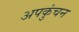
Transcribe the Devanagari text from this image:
अपकुंचन